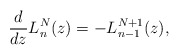
\begin{gather*} \frac{d}{dz}L_{n}^{N}(z) =-L_{n-1}^{N+1}(z) , \end{gather*}